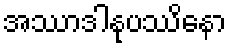
အဿာဒါနုပဿိနော